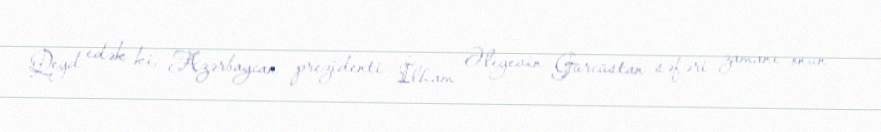
Qeyd edək ki, Azərbaycan prezidenti İlham Əliyevin Gürcüstan səfəri zamanı onun